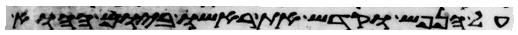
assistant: על הנפש וקדש את ראשו ביום ההוא